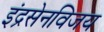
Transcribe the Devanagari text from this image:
इंद्रसेनविजय